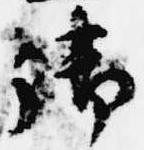
御